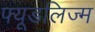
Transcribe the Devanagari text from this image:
फ्यूडलिज्म